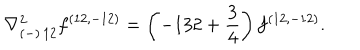
LaTeX: { \nabla _ { ( - ) \, 1 2 } ^ { 2 } f ^ { ( 1 2 , - 1 2 ) } = \left( - 1 3 2 + { \frac { 3 } { 4 } } \right) f ^ { ( 1 2 , - 1 2 ) } . }